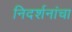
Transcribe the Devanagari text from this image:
निदर्शनांचा